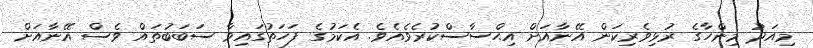
މިއަދު މިންހާގެ ރުޅިވެރިކަން އޭނާއަށް އިޙްސާސްކުރެވެއެވެ. އެކަމުގެ ފަހަތުގައިވާ ސަބަބުތައް ވެސް އޭނާއަށް